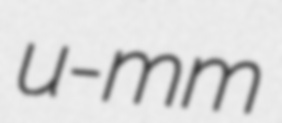
u-mm